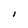
Character: I